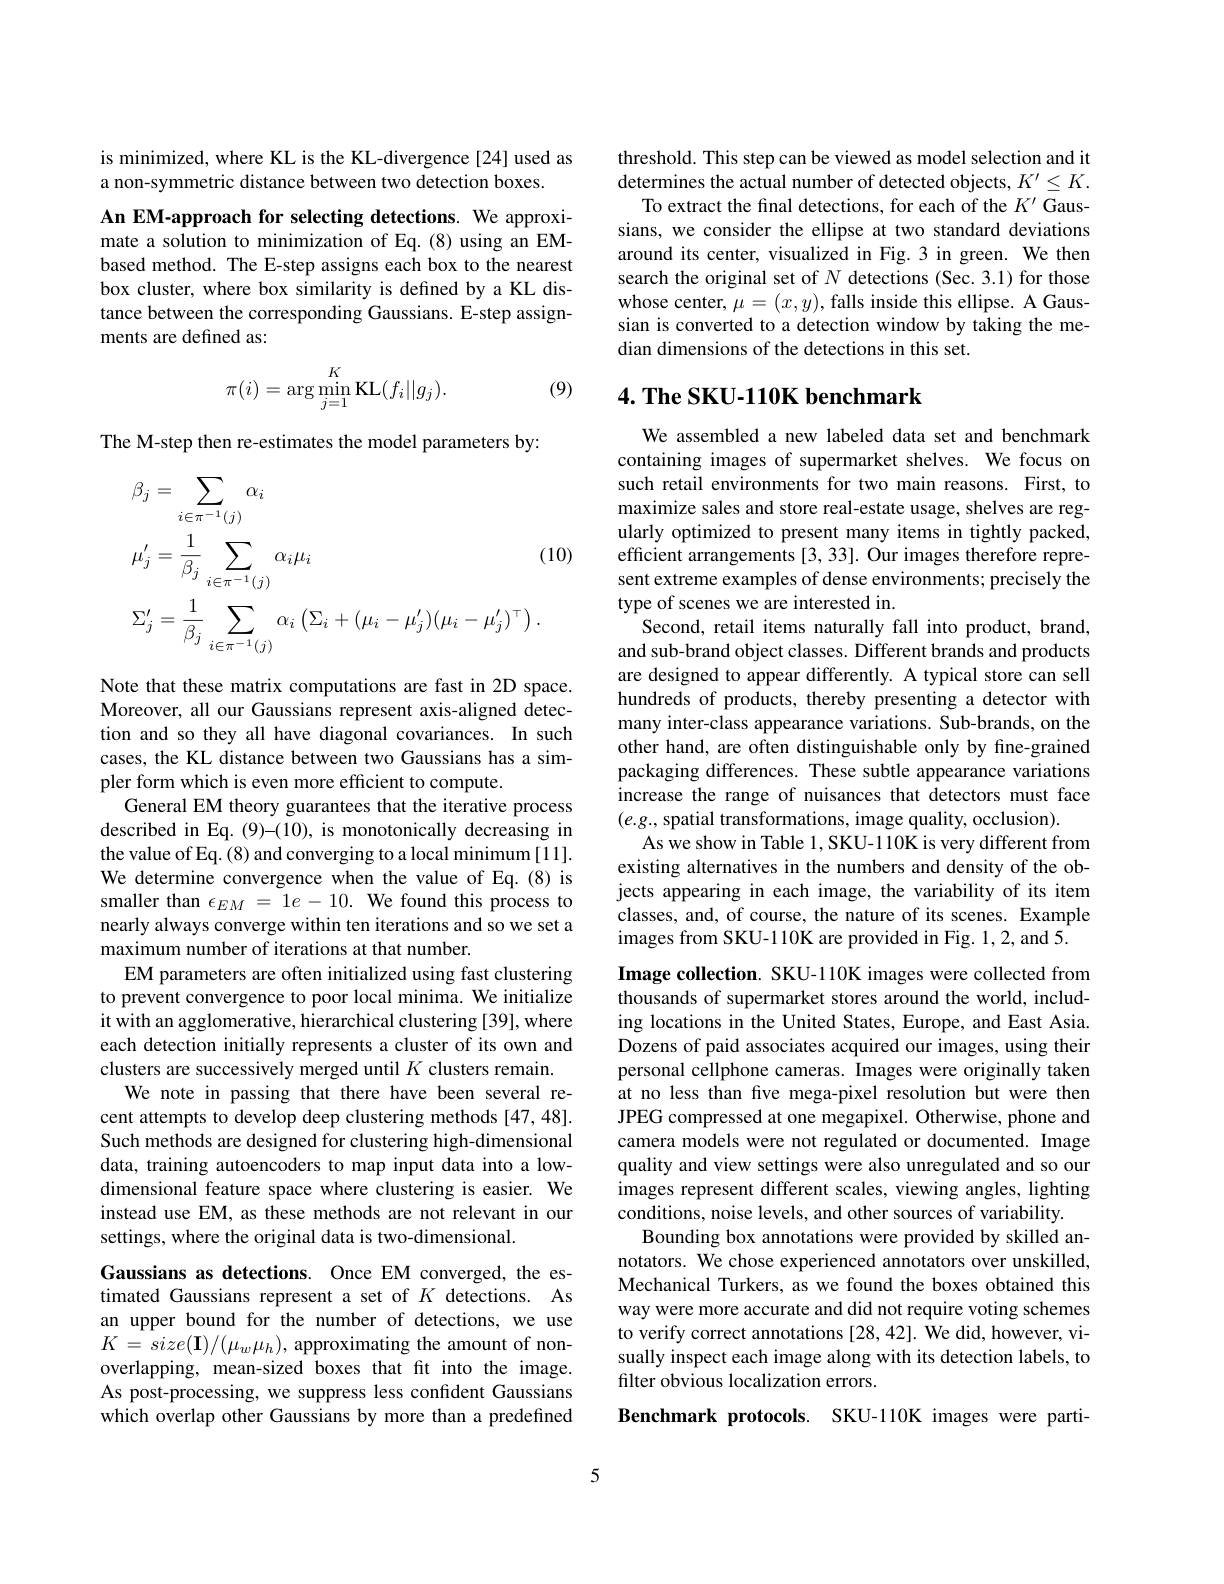
is minimized, where KL is the KL-divergence[24] used as
a non-symmetric distance between two detection boxes.

An EM-approach for selecting detections. We approximate a solution to minimization of Eq.(8) using an EMbased method. The E-step assigns each box to the nearest box cluster, where box similarity is defined by a KL distance between the corresponding Gaussians. E-step assignments are defined as:
$$\pi(i)=\arg\min\limits_{j=1}^K\mathrm{KL}(f_i||g_j).$$
(9)

The M-step then re-estimates the model parameters by:
$$\begin{aligned}&\beta_{j}=\sum_{i\in\pi^{-1}(j)}\alpha_{i}\\&\mu_{j}^{\prime}=\frac{1}{\beta_{j}}\sum_{i\in\pi^{-1}(j)}\alpha_{i}\mu_{i}&\text{(1}\\&\Sigma_{j}^{\prime}=\frac{1}{\beta_{j}}\sum_{i\in\pi^{-1}(j)}\alpha_{i}\left(\Sigma_{i}+(\mu_{i}-\mu_{j}^{\prime})(\mu_{i}-\mu_{j}^{\prime})^{\top}\right).\end{aligned}$$
Note that these matrix computations are fast in 2D space. Moreover, all our Gaussians represent axis-aligned detection and so they all have diagonal covariances. In such cases, the KL distance between two Gaussians has a simpler form which is even more efficient to compute.
General EM theory guarantees that the iterative process described in Eq. (9)-(10), is monotonically decreasing in the value of Eq. (8) and converging to a local minimum [11]. We determine convergence when the value of Eq.(8) is smaller than $\epsilon_{EM}=1e-10.$ We found this process to nearly always converge within ten iterations and so we set a maximum number of iterations at that number.
EM parameters are often initialized using fast clustering to prevent convergence to poor local minima. We initialize it with an agglomerative, hierarchical clustering [39], where each detection initially represents a cluster of its own and clusters are successively merged until $K$ clusters remain.
We note in passing that there have been several recent attempts to develop deep clustering methods [47,48]. Such methods are designed for clustering high-dimensional data, training autoencoders to map input data into a lowdimensional feature space where clustering is easier. We instead use EM, as these methods are not relevant in our settings, where the original data is two-dimensional.

Gaussians as detections. Once EM converged, the estimated Gaussians represent a set of $K$ detections. As an upper bound for the number of detections, we use $K=size(\mathbf{I})/(\mu_{w}\mu_{h})$, approximating the amount of nonoverlapping, mean-sized boxes that fit into the image. As post-processing, we suppress less confident Gaussians which overlap other Gaussians by more than a predefined

threshold. This step can be viewed as model selection and it determines the actual number of detected objects, $K^\prime\leq K.$
To extract the final detections, for each of the $K^{\prime}$ Gaussians, we consider the ellipse at two standard deviations around its center, visualized in Fig.3 in green. We then search the original set of $N$ detections (Sec. 3.1) for those whose center, $\mu=(x,y)$, falls inside this ellipse. A Gaussian is converted to a detection window by taking the median dimensions of the detections in this set.

## $4. \textbf{ The SKU- 110K benchmark}$

We assembled a new labeled data set and benchmark containing images of supermarket shelves. We focus on such retail environments for two main reasons. First, to maximize sales and store real-estate usage, shelves are regularly optimized to present many items in tightly packed, efficient arrangements [3,33]. Our images therefore represent extreme examples of dense environments; precisely the type of scenes we are interested in.
Second, retail items naturally fall into product, brand, and sub-brand object classes. Different brands and products are designed to appear differently. A typical store can sell hundreds of products, thereby presenting a detector with many inter-class appearance variations. Sub-brands, on the other hand, are often distinguishable only by fine-grained packaging differences. These subtle appearance variations increase the range of nuisances that detectors must face $(e.g.$, spatial transformations, image quality, occlusion).
As we show in Table 1, SKU-110K is very different from existing alternatives in the numbers and density of the objects appearing in each image, the variability of its item classes, and, of course, the nature of its scenes. Example images from SKU-110K are provided in Fig. 1, 2, and 5.
Image collection. SKU-110K images were collected from thousands of supermarket stores around the world, including locations in the United States, Europe, and East Asia. Dozens of paid associates acquired our images, using their personal cellphone cameras. Images were originally taken at no less than five mega-pixel resolution but were then JPEG compressed at one megapixel. Otherwise, phone and camera models were not regulated or documented. Image quality and view settings were also unregulated and so our images represent different scales, viewing angles, lighting conditions, noise levels, and other sources of variability.
Bounding box annotations were provided by skilled annotators. We chose experienced annotators over unskilled, Mechanical Turkers, as we found the boxes obtained this way were more accurate and did not require voting schemes to verify correct annotations [28,42]. We did, however, visually inspect each image along with its detection labels, to filter obvious localization errors.
Benchmark protocols. SKU-110K images were parti-

5